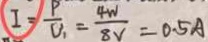
I = \frac { P } { V _ { 1 } } = \frac { 4 W } { 8 V } = 0 . 5 A